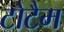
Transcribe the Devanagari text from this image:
टोटैम